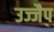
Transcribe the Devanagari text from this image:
उज्जैप